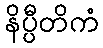
နိပ္ပီတိကံ